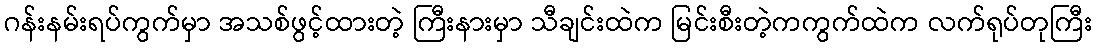
ဂန်းနမ်းရပ်ကွက်မှာ အသစ်ဖွင့်ထားတဲ့ ကြီးနားမှာ သီချင်းထဲက မြင်းစီးတဲ့ကကွက်ထဲက လက်ရုပ်တုကြီး